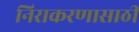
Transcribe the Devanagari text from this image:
निराकरणासाठी